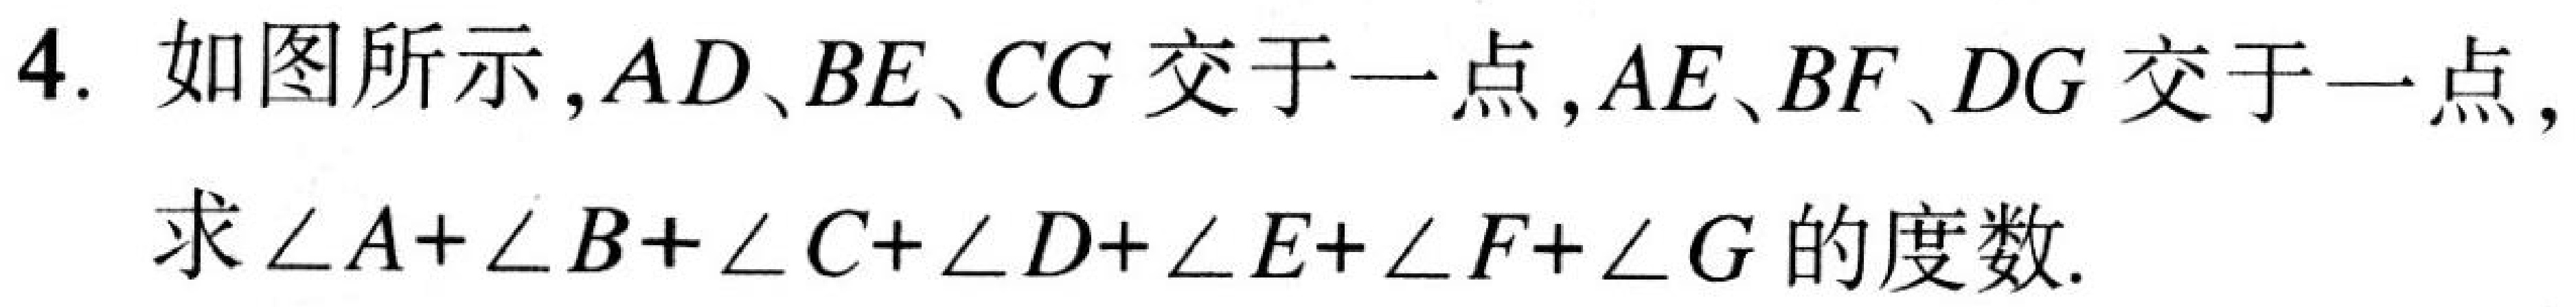
4. 如图所示,\(AD、BE、CG\) 交于一点,\(AE、BF、DG\) 交于一点,求\(\angle A+\angle B+\angle C+\angle D+\angle E+\angle F+\angle G\) 的度数.